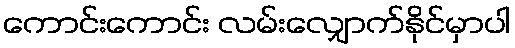
ကောင်းကောင်း လမ်းလျှောက်နိုင်မှာပါ